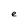
Character: e